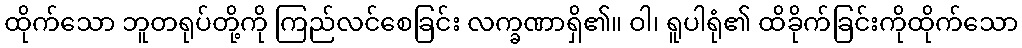
ထိုက်သော ဘူတရုပ်တို့ကို ကြည်လင်စေခြင်း လက္ခဏာရှိ၏။ ဝါ၊ ရူပါရုံ၏ ထိခိုက်ခြင်းကိုထိုက်သော